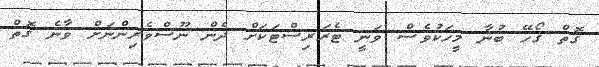
ގޮތް ގޯހޭ ބުނާ މީހަކުވެސް ވަނީ ޓެރަރިސްޓަކަށް ދެން ނޫސްވެރިންނަށް ވާނެ ގޮތް